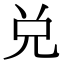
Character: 兑